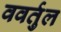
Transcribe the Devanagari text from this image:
ववर्तुल